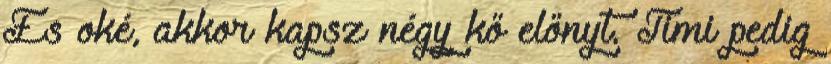
És oké, akkor kapsz négy kő előnyt. Timi pedig